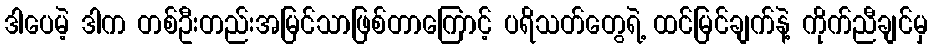
ဒါပေမဲ့ ဒါက တစ်ဦးတည်းအမြင်သာဖြစ်တာကြောင့် ပရိသတ်တွေရဲ့ ထင်မြင်ချက်နဲ့ ကိုက်ညီချင်မှ